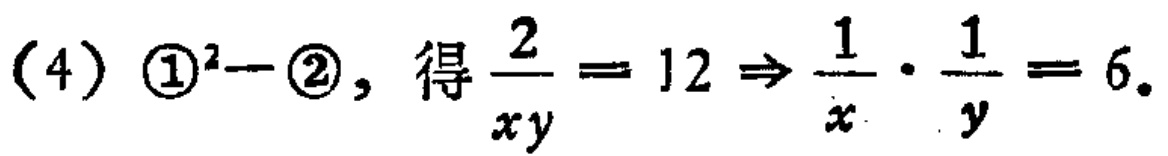
(4) $\textcircled{1}^2 - \textcircled{2}$, 得$\frac{2}{xy} = 12 \Rightarrow \frac{1}{x} \cdot \frac{1}{y} = 6$.